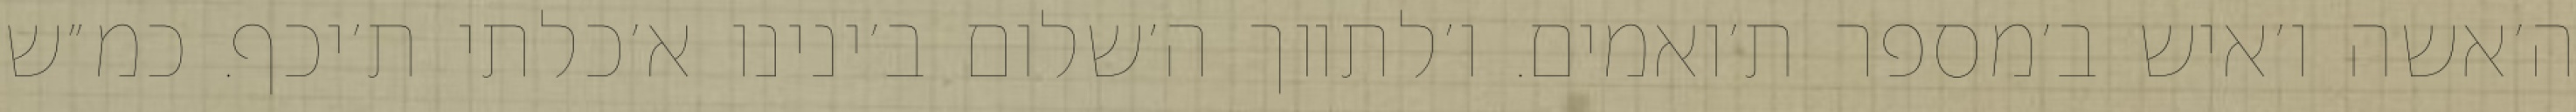
ה׳אשה ו׳איש ב׳מספר ת׳ואמים. ו׳לתווך ה׳שלום ב׳ינינו א׳כלתי ת׳יכף. כמ״ש